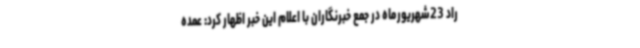
راد 23شهریورماه در جمع خبرنگاران با اعلام این خبر اظهار کرد: عمده